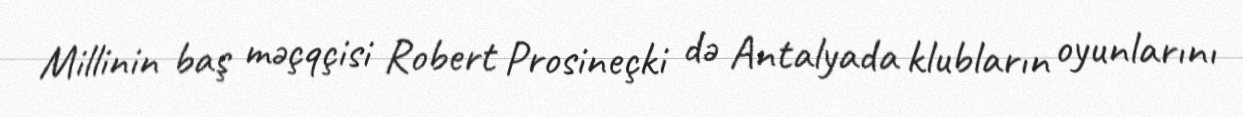
Millinin baş məçqçisi Robert Prosineçki də Antalyada klubların oyunlarını